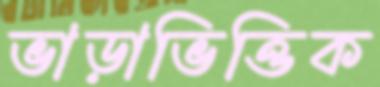
ভাড়াভিত্তিক